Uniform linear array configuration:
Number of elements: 12
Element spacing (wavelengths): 1
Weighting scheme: blackman
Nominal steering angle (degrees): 15
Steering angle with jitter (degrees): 15.523
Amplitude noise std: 0.05
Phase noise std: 0.05

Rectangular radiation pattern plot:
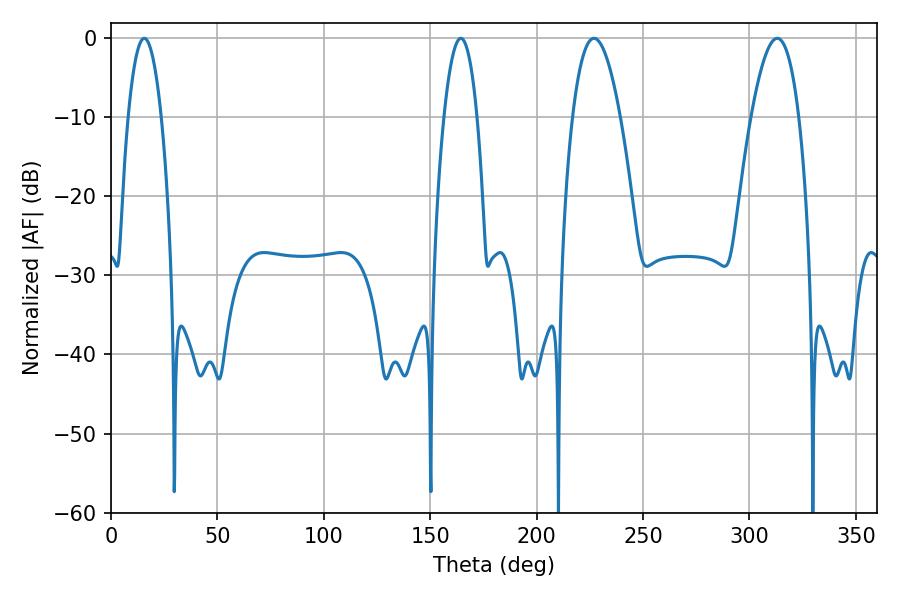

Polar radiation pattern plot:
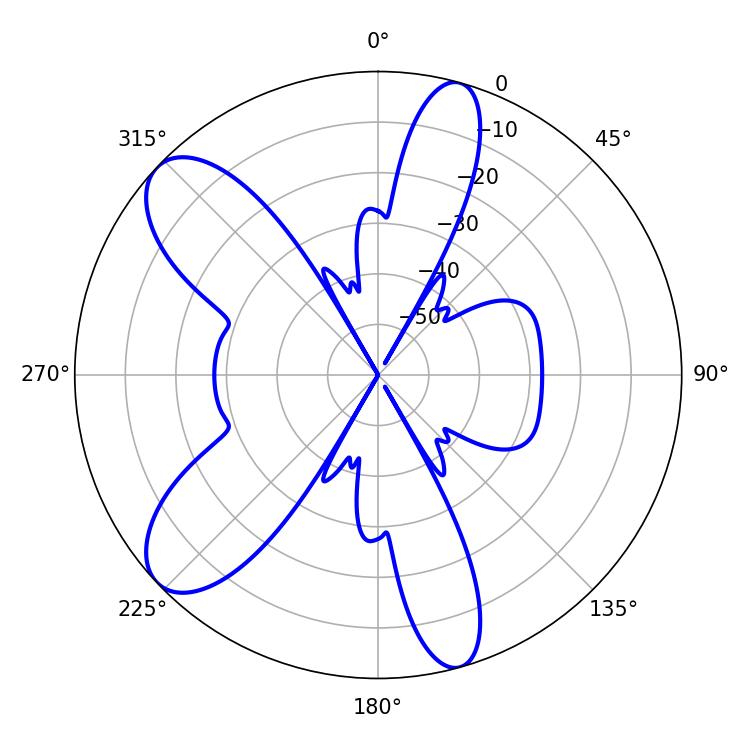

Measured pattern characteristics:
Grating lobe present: TRUE
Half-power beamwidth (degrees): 12.24
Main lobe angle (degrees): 226.98